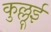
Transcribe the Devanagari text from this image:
कुल्लूई